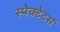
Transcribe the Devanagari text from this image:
स्पेक्टेटर्स